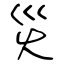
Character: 災